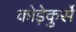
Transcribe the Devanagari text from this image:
कोड़ेकुर्से